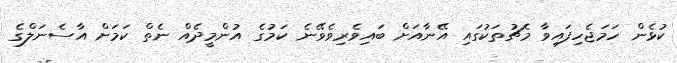
ކުޅެން ހަމަޖެހިފައިވާ މެޗުތަކުގައި އޭނާއަށް ބައިވެރިވެވޭނެ ކަމުގެ އުންމީދެއް ނެތް ކަމަށް އާސެނަލްގެ